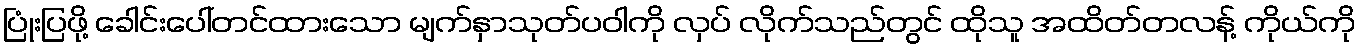
ပြုံးပြဖို့ ခေါင်းပေါ်တင်ထားသော မျက်နှာသုတ်ပဝါကို လှပ် လိုက်သည်တွင် ထိုသူ အထိတ်တလန့် ကိုယ်ကို